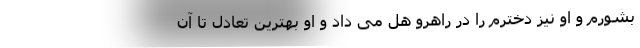
بشورم و او نیز دخترم را در راهرو هل می داد و او بهترین تعادل تا آن